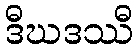
ဒီဃဒဿီ